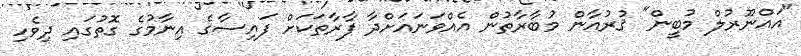
"އައްނޫރުލް މުބީން" ޤުރުއާން މުބާރާތުން އެއްވަނައަށްދާ ފާރާތަކަށް ފައިސާގެ އިނާމުގެ ގޮތުގައި ދިވެހި